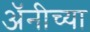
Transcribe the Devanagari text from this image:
अॅनीच्या